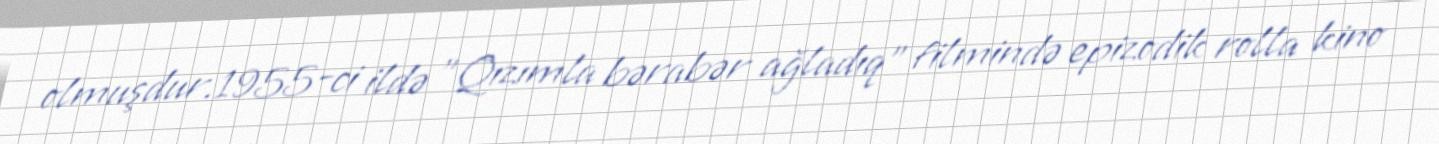
olmuşdur.1955-ci ildə "Qızımla bərabər ağladıq" filmində epizodik rolla kino